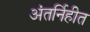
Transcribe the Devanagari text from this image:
अंतर्निहीत